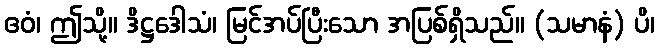
ဧဝံ၊ ဤသို့။ ဒိဋ္ဌဒေါသံ၊ မြင်အပ်ပြီးသော အပြစ်ရှိသည်။ (သမာနံ) ပိ၊